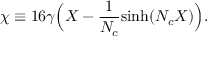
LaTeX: \chi \equiv 1 6 \gamma \Big ( X - { \frac { 1 } { N _ { c } } } \mathrm { s i n h } ( N _ { c } X ) \Big ) .